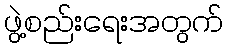
ဖွဲ့စည်းရေးအတွက်